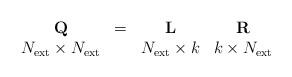
LaTeX: \begin{align*}\begin{array}{cccc}\mathbf{Q} &= &\mathbf{L} & \mathbf{R}\\N_{\rm ext}\times N_{\rm ext}& & N_{\rm ext} \times k & k \times N_{\rm ext}\end{array}\end{align*}